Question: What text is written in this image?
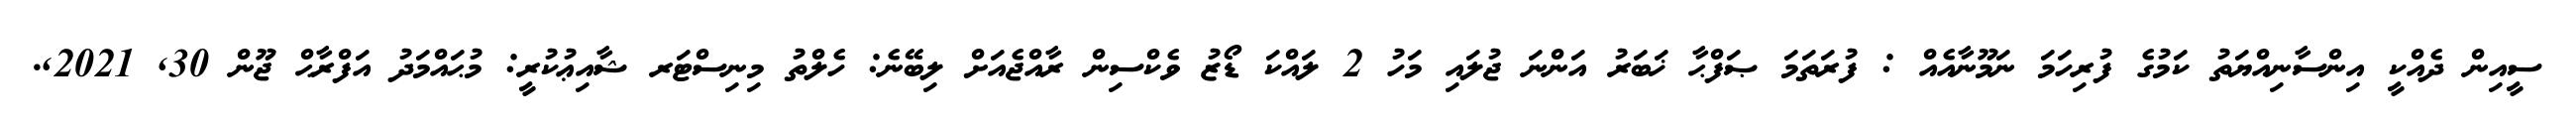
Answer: ސީއިން ދެއްކީ އިންސާނިއްޔަތު ކަމުގެ ފުރިހަމަ ނަމޫނާއެއް : ފުރަތަމަ ޞަފްޙާ ޚަބަރު އަންނަ ޖުލައި މަހު 2 ލައްކަ ޑޯޒު ވެކްސިން ރާއްޖެއަށް ލިބޭނެ: ހެލްތު މިނިސްޓަރ ޝާއިޢުކުރީ: މުޙައްމަދު އަފްރާޙް ޖޫން 30, 2021,.